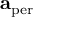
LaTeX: \mathbf { a } _ { \mathrm { p e r } }